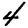
Digit: 4